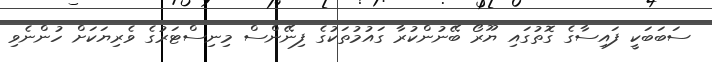
ސަބަބަކީ ފައިސާގެ ގޮތުގައި ޔޫރޯ ބޭނުންކުރާ ގައުމުތަކުގެ ފިނޭންސް މިނިސްޓަރުގެ ވެރިޔަކަށް ހުންނެވި